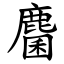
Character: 麕